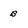
Character: B